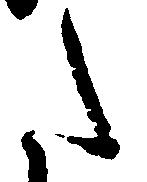
た